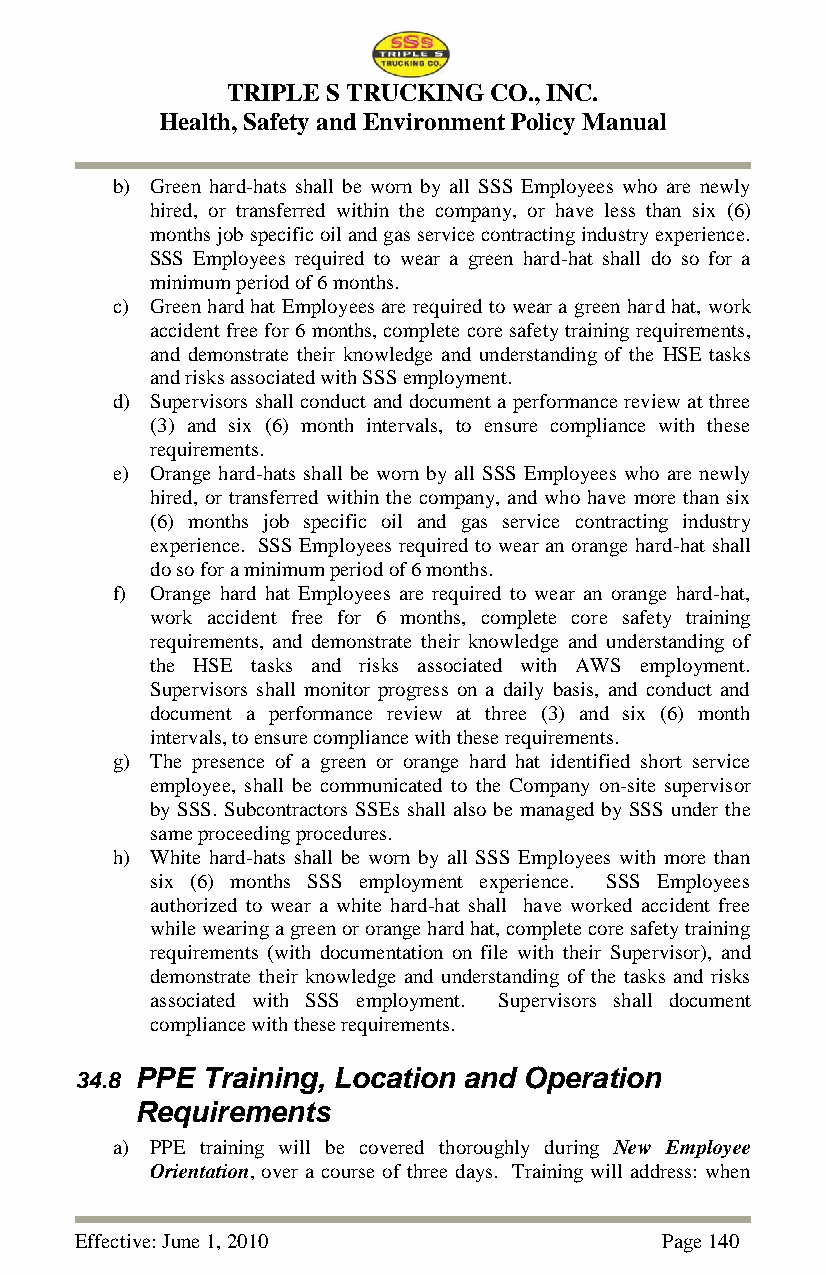
TRIPLE S TRUCKING CO., INC.
 Health, Safety and Environment Policy Manual
 b) Green hard-hats shall be worn by all SSS Employees who are newly
 hired, or transferred within the company, or have less than six (6)
 months job specific oil and gas service contracting industry experience.
 SSS Employees required to wear a green hard-hat shall do so for a
 minimum period of 6 months.
 c) Green hard hat Employees are required to wear a green hard hat, work
 accident free for 6 months, complete core safety training requirements,
 and demonstrate their knowledge and understanding of the HSE tasks
 and risks associated with SSS employment.
 d) Supervisors shall conduct and document a performance review at three
 (3) and six (6) month intervals, to ensure compliance with these
 requirements.
 e) Orange hard-hats shall be worn by all SSS Employees who are newly
 hired, or transferred within the company, and who have more than six
 (6) months job specific oil and gas service contracting industry
 experience. SSS Employees required to wear an orange hard-hat shall
 do so for a minimum period of 6 months.
 f) Orange hard hat Employees are required to wear an orange hard-hat,
 work accident free for 6 months, complete core safety training
 requirements, and demonstrate their knowledge and understanding of
 the HSE tasks and risks associated with AWS employment.
 Supervisors shall monitor progress on a daily basis, and conduct and
 document a performance review at three (3) and six (6) month
 intervals, to ensure compliance with these requirements.
 g) The presence of a green or orange hard hat identified short service
 employee, shall be communicated to the Company on-site supervisor
 by SSS. Subcontractors SSEs shall also be managed by SSS under the
 same proceeding procedures.
 h) White hard-hats shall be worn by all SSS Employees with more than
 six (6) months SSS employment experience. SSS Employees
 authorized to wear a white hard-hat shall have worked accident free
 while wearing a green or orange hard hat, complete core safety training
 requirements (with documentation on file with their Supervisor), and
 demonstrate their knowledge and understanding of the tasks and risks
 associated with SSS employment. Supervisors shall document
 compliance with these requirements.
 34.8 PPE Training, Location and Operation
 Requirements
 a) PPE training will be covered thoroughly during New Employee
 Orientation, over a course of three days. Training will address: when
 Effective: June 1, 2010                Page 140